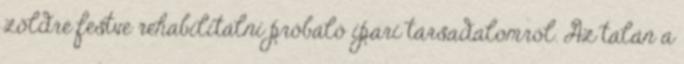
zöldre festve rehabilitálni próbáló ipari társadalomról. Az talán a